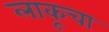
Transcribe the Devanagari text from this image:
लाकूचा